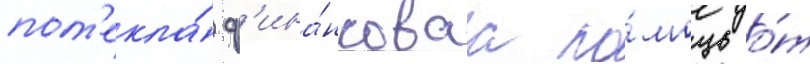
пот'екла́ ф'ина́нсоваа по́мощь о́т